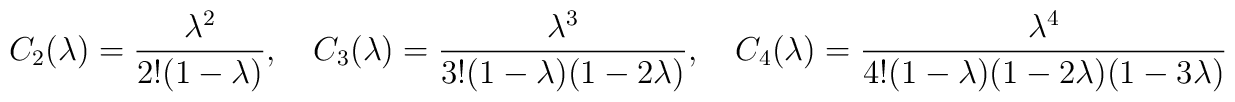
C_2(\lambda) = \frac{\lambda^2}{2!(1-\lambda)}, \quad C_3(\lambda) = \frac{\lambda^3}{3!(1-\lambda)(1-2\lambda)}, \quad C_4(\lambda) = \frac{\lambda^4}{4!(1-\lambda)(1-2\lambda)(1-3\lambda)}